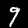
Label: 9